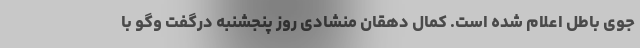
جوی باطل اعلام شده است. کمال دهقان منشادی روز پنجشنبه درگفت وگو با